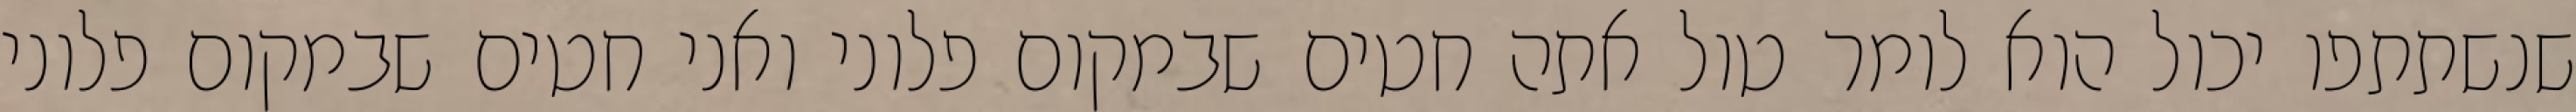
שנשתתפו יכול הוא לומר טול אתה חטים שבמקום פלוני ואני חטים שבמקום פלוני